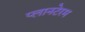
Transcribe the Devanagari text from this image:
प्लानटेरम